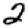
Digit: 2